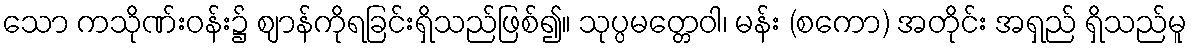
သော ကသိုဏ်းဝန်း၌ ဈာန်ကိုရခြင်းရှိသည်ဖြစ်၍။ သုပ္ပမတ္တေဝါ၊ မန်း (စကော) အတိုင်း အရှည် ရှိသည်မူ